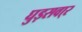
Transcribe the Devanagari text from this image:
घुड़सवा्र